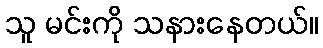
သူ မင်းကို သနားနေတယ်။